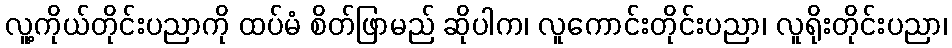
လူ့ကိုယ်တိုင်းပညာကို ထပ်မံ စိတ်ဖြာမည် ဆိုပါက၊ လူကောင်းတိုင်းပညာ၊ လူရိုးတိုင်းပညာ၊